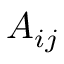
A _ { i j }